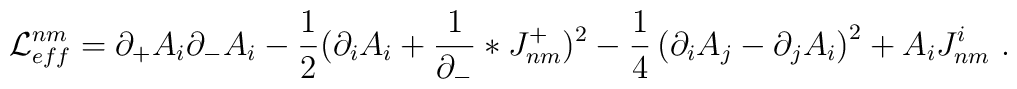
{\cal L}_{eff}^{nm} = \partial_{+} A_i \partial_{-}A_i - \frac 12 (\partial_i A_i +  \frac{1}{\partial_{-}} \ast J_{nm}^{+})^2 - \frac 1 4\left( \partial_i {A}_j - \partial_j {A}_i\right)^2 + A_i J^i_{nm}\ .